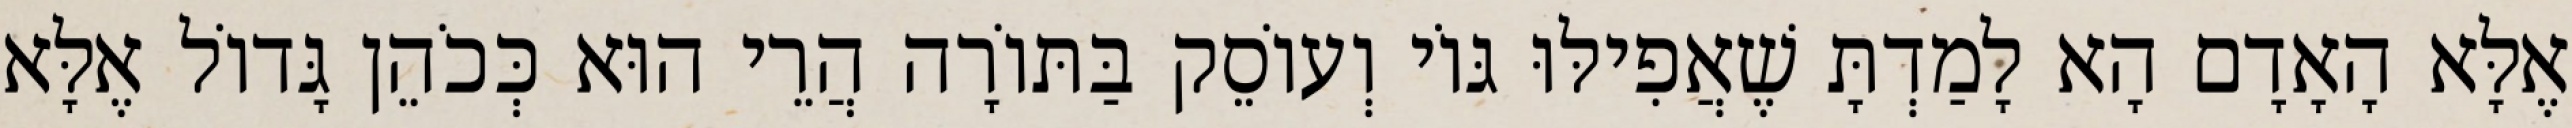
אֶלָּא הָאָדָם הָא לָמַדְתָּ שֶׁאֲפִילּוּ גּוֹי וְעוֹסֵק בַּתּוֹרָה הֲרֵי הוּא כְּכֹהֵן גָּדוֹל אֶלָּא